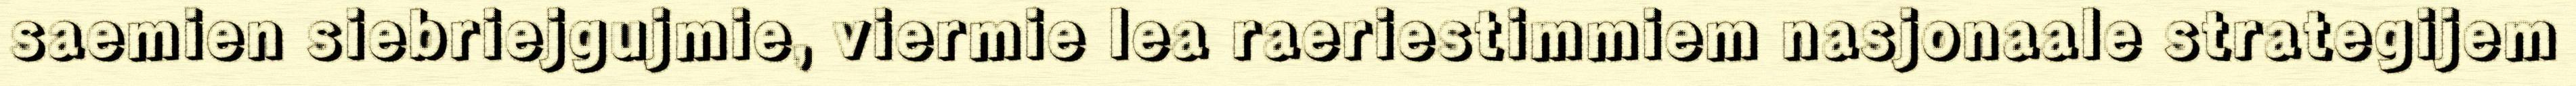
saemien siebriejgujmie, viermie lea raeriestimmiem nasjonaale strategijem